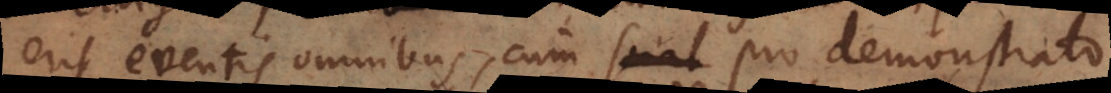
erit eventis omnibus, cum sciat pro demonstrato